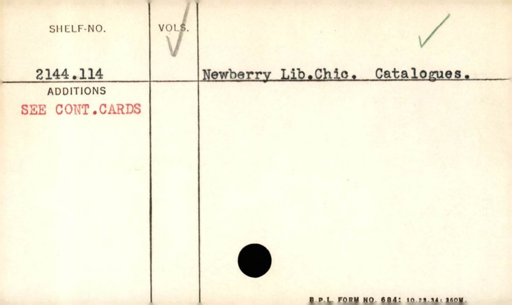
Label: content